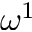
\omega ^ { 1 }